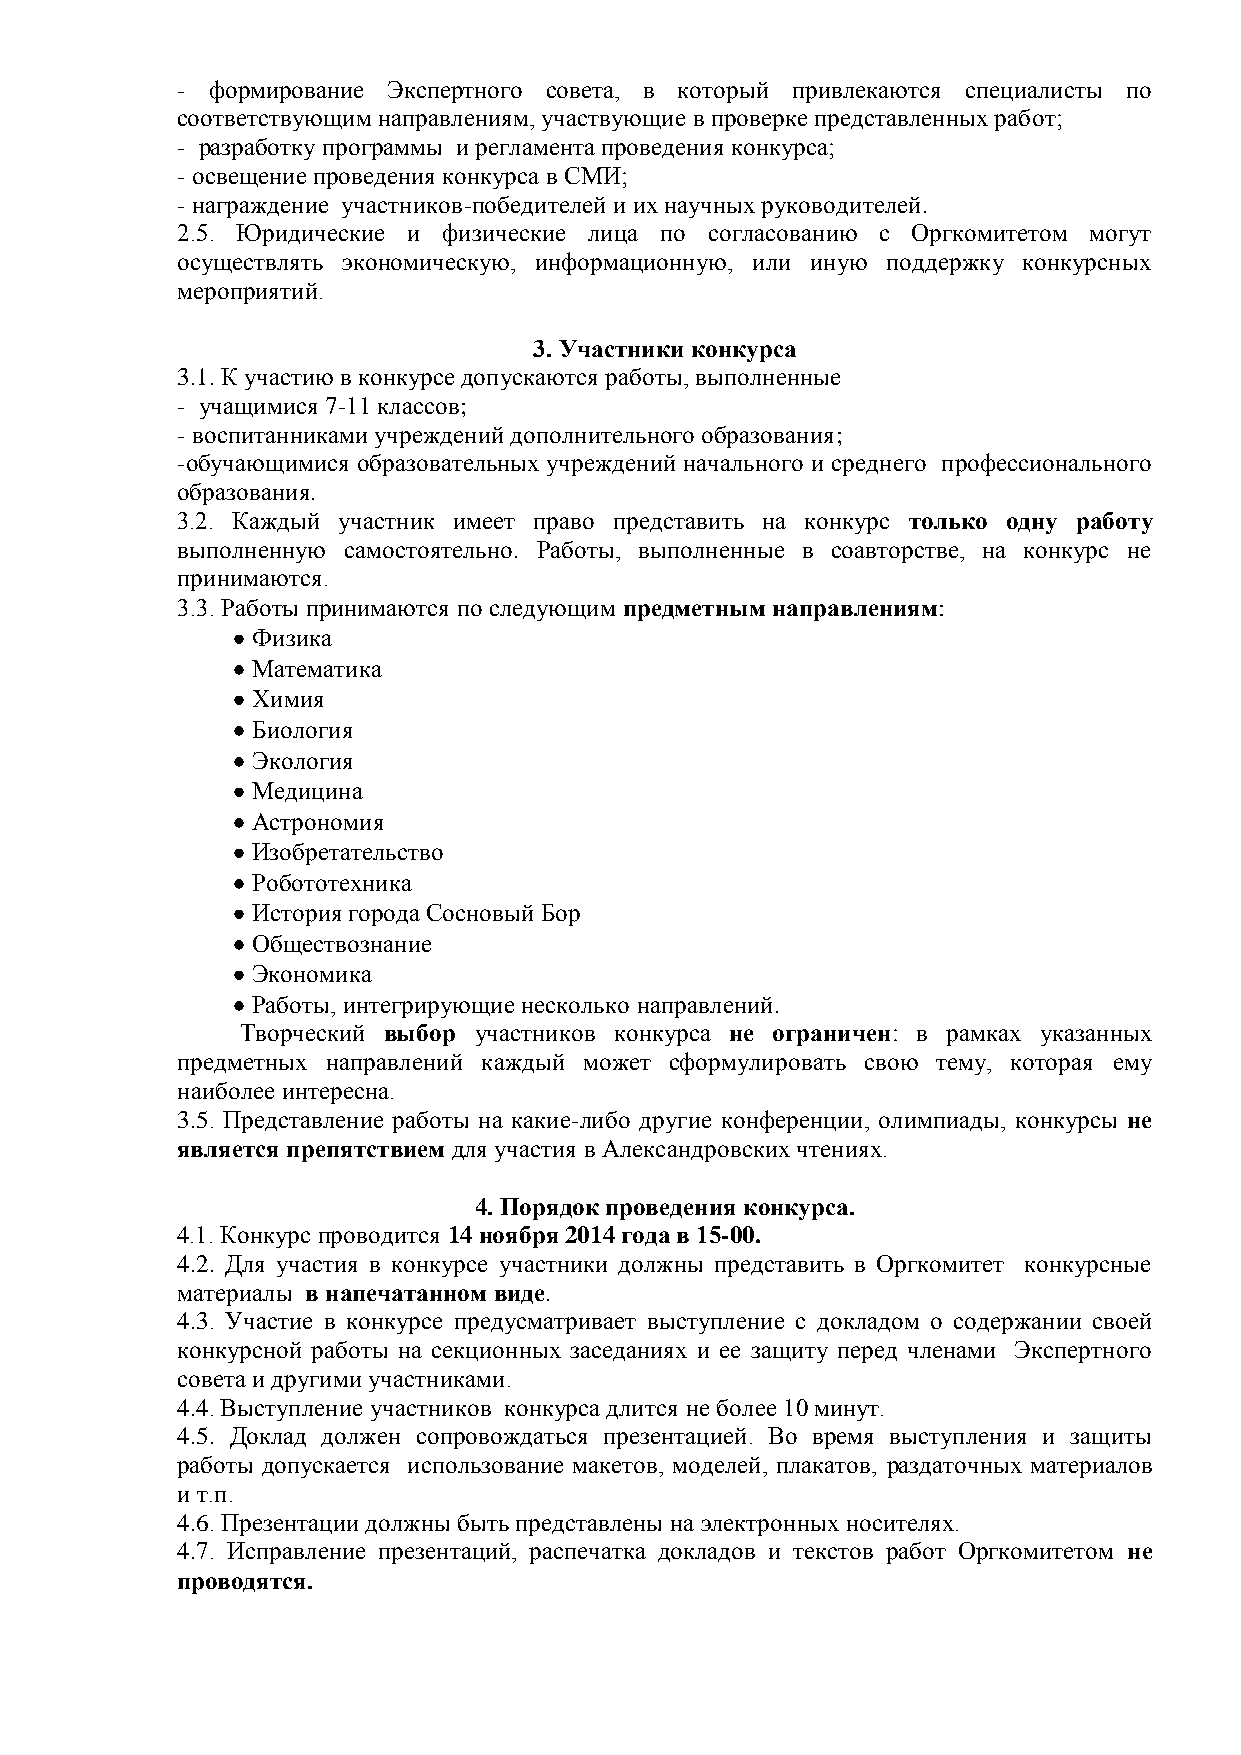
- формирование Экспертного совета, в который привлекаются специалисты по
 соответствующим направлениям, участвующие в проверке представленных работ;
 - разработку программы и регламента проведения конкурса;
 - освещение проведения конкурса в СМИ;
 - награждение участников-победителей и их научных руководителей.
 2.5. Юридические и физические лица по согласованию с Оргкомитетом могут
 осуществлять экономическую, информационную, или иную поддержку конкурсных
 мероприятий.
 3. Участники конкурса
 3.1. К участию в конкурсе допускаются работы, выполненные
 - учащимися 7-11 классов;
 - воспитанниками учреждений дополнительного образования;
 -обучающимися образовательных учреждений начального и среднего профессионального
 образования.
 3.2. Каждый участник имеет право представить на конкурс только одну работу
 выполненную самостоятельно. Работы, выполненные в соавторстве, на конкурс не
 принимаются.
 3.3. Работы принимаются по следующим предметным направлениям:
 Физика
 Математика
 Химия
 Биология
 Экология
 Медицина
 Астрономия
 Изобретательство
 Робототехника
 История города Сосновый Бор
 Обществознание
 Экономика
 Работы, интегрирующие несколько направлений.
 Творческий выбор участников конкурса не ограничен: в рамках указанных
 предметных направлений каждый может сформулировать свою тему, которая ему
 наиболее интересна.
 3.5. Представление работы на какие-либо другие конференции, олимпиады, конкурсы не
 является препятствием для участия в Александровских чтениях.
 4. Порядок проведения конкурса.
 4.1. Конкурс проводится 14 ноября 2014 года в 15-00.
 4.2. Для участия в конкурсе участники должны представить в Оргкомитет конкурсные
 материалы в напечатанном виде.
 4.3. Участие в конкурсе предусматривает выступление с докладом о содержании своей
 конкурсной работы на секционных заседаниях и ее защиту перед членами Экспертного
 совета и другими участниками.
 4.4. Выступление участников конкурса длится не более 10 минут.
 4.5. Доклад должен сопровождаться презентацией. Во время выступления и защиты
 работы допускается использование макетов, моделей, плакатов, раздаточных материалов
 и т.п.
 4.6. Презентации должны быть представлены на электронных носителях.
 4.7. Исправление презентаций, распечатка докладов и текстов работ Оргкомитетом не
 проводятся.